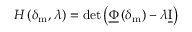
H \left( \delta _ { \mathrm { m } } , \lambda \right) = \operatorname* { d e t } \left( \underline { { \boldsymbol { \Phi } } } \left( \delta _ { \mathrm { m } } \right) - \lambda \underline { { \boldsymbol { \mathrm { I } } } } \right)